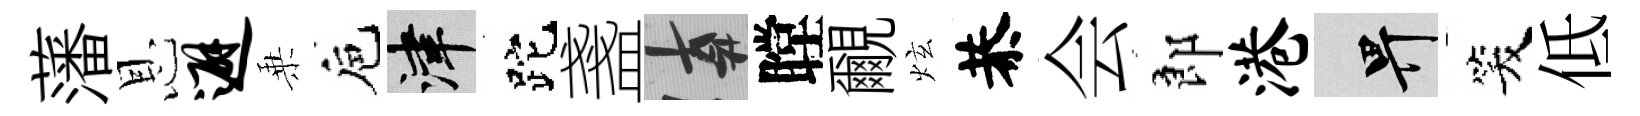
藩恩避乗巵津跎盞遲瞠覼炫恭会郎港畀笑低